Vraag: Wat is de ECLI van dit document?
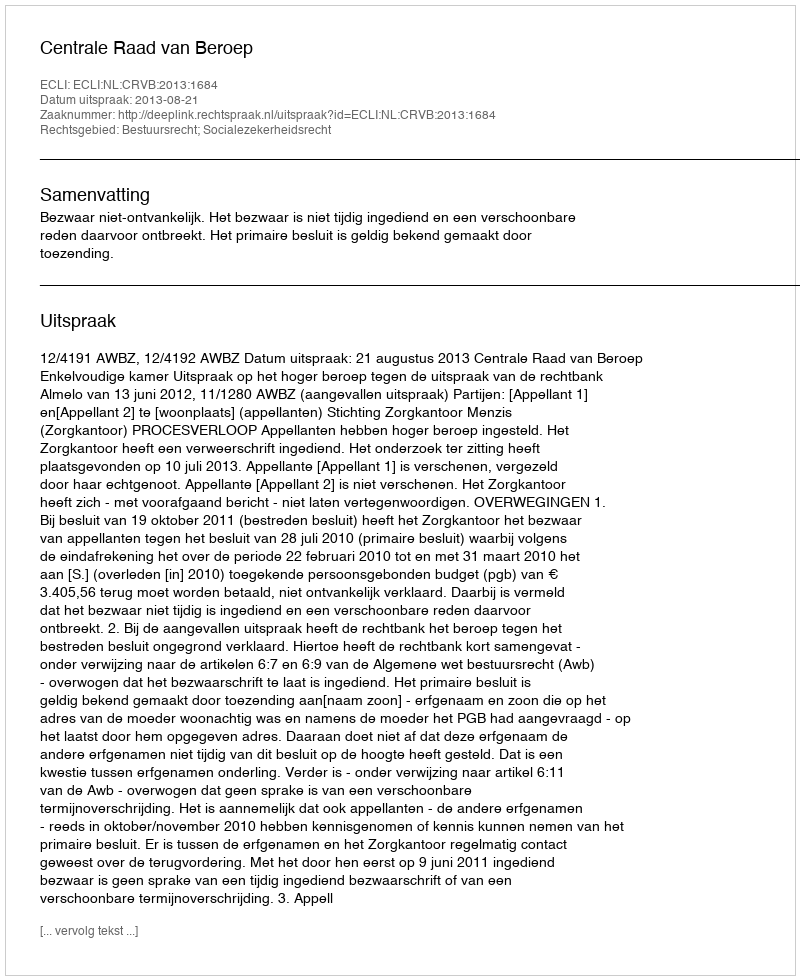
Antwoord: ECLI:NL:CRVB:2013:1684